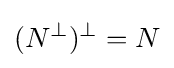
(N^{\perp })^{\perp }=N